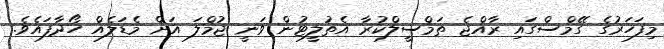
މިފަހަރުގެ ގޭމްސްގައި ރާއްޖެ ތަމްސީލްކުރާ އެތުލީޓުން ވަނީ ޖުމްލަ އަށް މެޑަލެއް ހޯދާފައެވެ.